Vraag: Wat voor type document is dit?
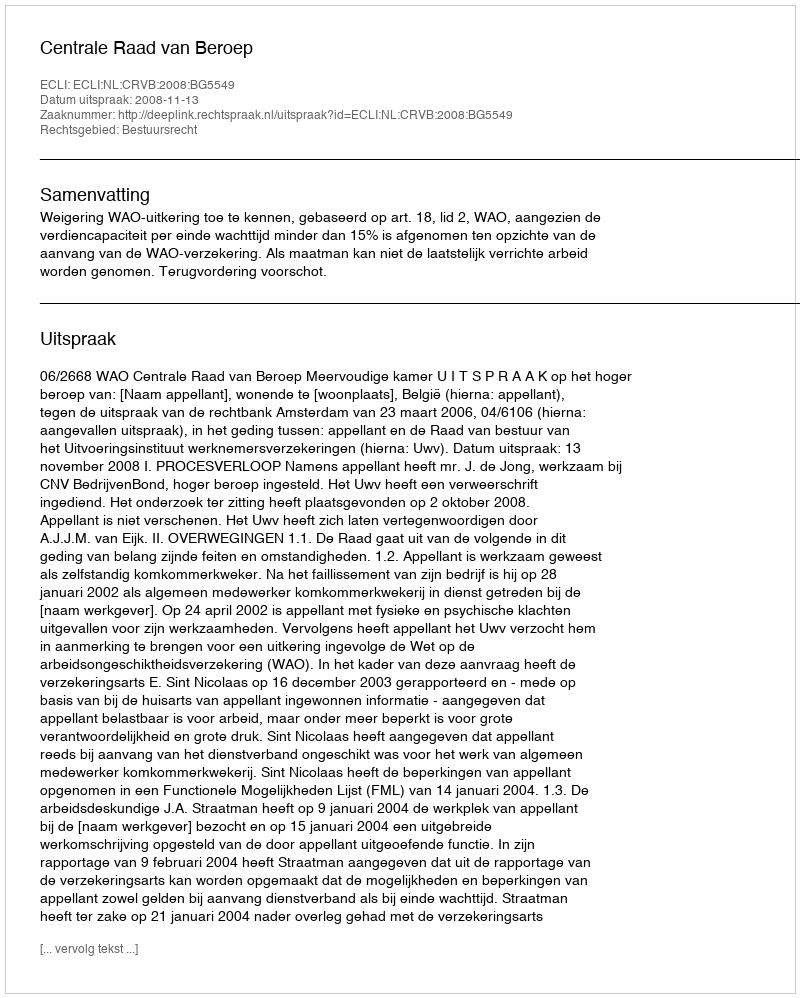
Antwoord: Uitspraak